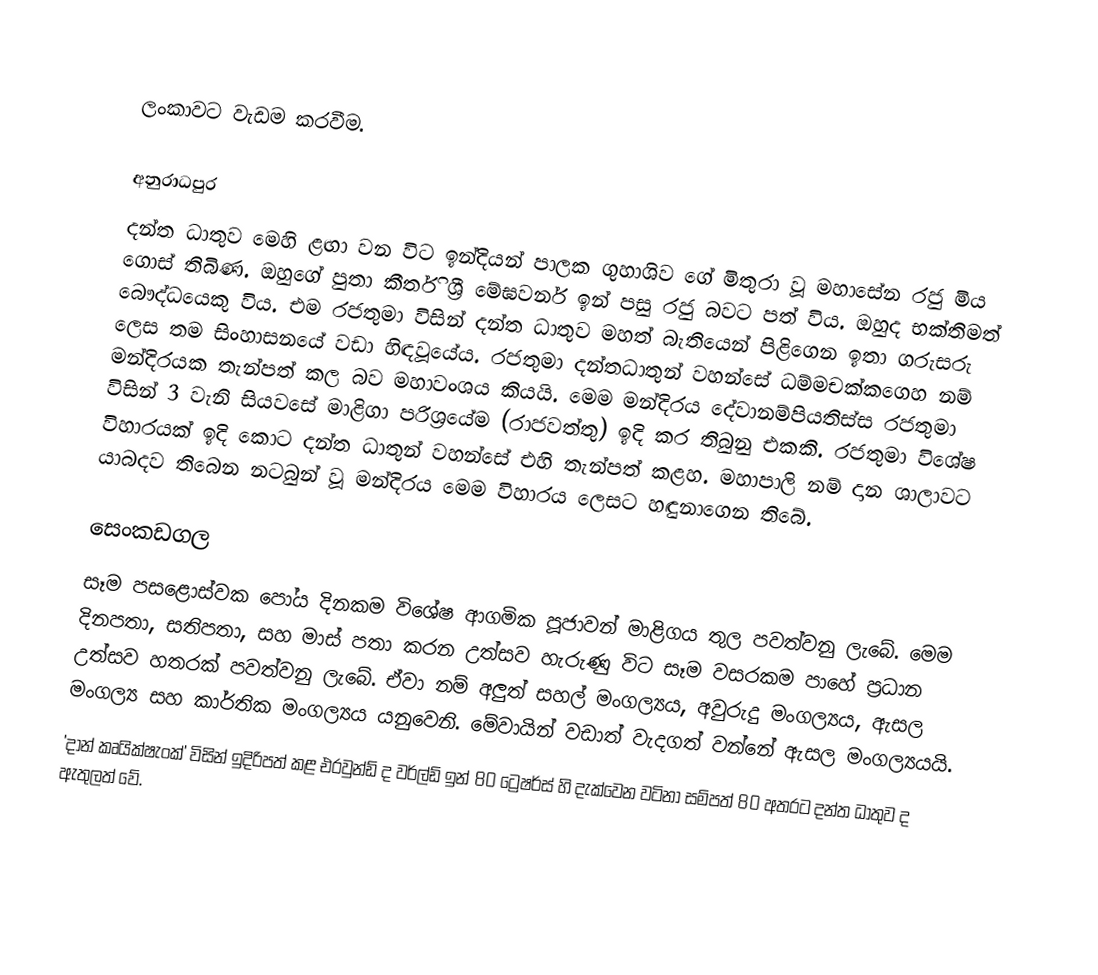

ලංකාවට වැඩම කරවීම.

අනුරාධපුර
දන්ත ධාතුව මෙහි ළඟා වන විට ඉන්දියන් පාලක ගුහාශිව ගේ මිතුරා වූ මහාසේන රජු මිය ගොස් තිබිණ. ඔහුගේ පුතා කීර්ති ශ්‍රී මේඝවර්න ඉන් පසු රජු බවට පත් විය. ඔහුද භක්තිමත් බෞද්ධයෙකු විය. එම රජතුමා විසින් දන්ත ධාතුව මහත් බැතියෙන් පිළිගෙන ඉතා ගරුසරු ලෙස තම සිංහාසනයේ වඩා හිඳවූයේය. රජතුමා දන්තධාතුන් වහන්සේ ධම්මචක්කගෙහ නම් මන්දිරයක තැන්පත් කල බව මහාවංශය කියයි. මෙම මන්දිරය දේවානම්පියතිස්ස රජතුමා විසින් 3 වැනි සියවසේ මාළිගා පරිශ්‍රයේම (රාජවත්තු) ඉදි කර තිබුනු එකකි. රජතුමා විශේෂ විහාරයක් ඉදි කොට දන්ත ධාතුන් වහන්සේ එහි තැන්පත් කළහ. මහාපාලි නම් දාන ශාලාවට යාබදව තිබෙන නටබුන් වූ මන්දිරය මෙම විහාරය ලෙසට හඳුනාගෙන තිබේ.

සෙංකඩගල
	සෑම පසළොස්වක පෝය දිනකම විශේෂ ආගමික පූජාවන් මාළිගය තුල පවත්වනු ලැබේ. මෙම දිනපතා, සතිපතා, සහ මාස් පතා කරන උත්සව හැරුණු විට සෑම වසරකම පාහේ ප්‍රධාන උත්සව හතරක් පවත්වනු ලැබේ. ඒවා නම් අලුත් සහල් මංගල්‍යය, අවුරුදු මංගල්‍යය, ඇසල මංගල්‍ය සහ කාර්තික මංගල්‍යය යනුවෙනි. මේවායින් වඩාත් වැදගත් වන්නේ ඇසල මංගල්‍යයයි.
	'දාන් කෘයික්ෂැංක්' විසින් ඉදිරිපත් කළ එරවුන්ඩ් ද වර්ල්ඩ් ඉන් 80 ට්‍රෙෂර්ස් හි දැක්වෙන වටිනා සම්පත් 80 අතරට දන්ත ධාතුව ද ඇතුලත් වේ.